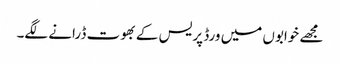
مجھے خوابوں میں ورڈ پریس کے بھوت ڈرانے لگے۔